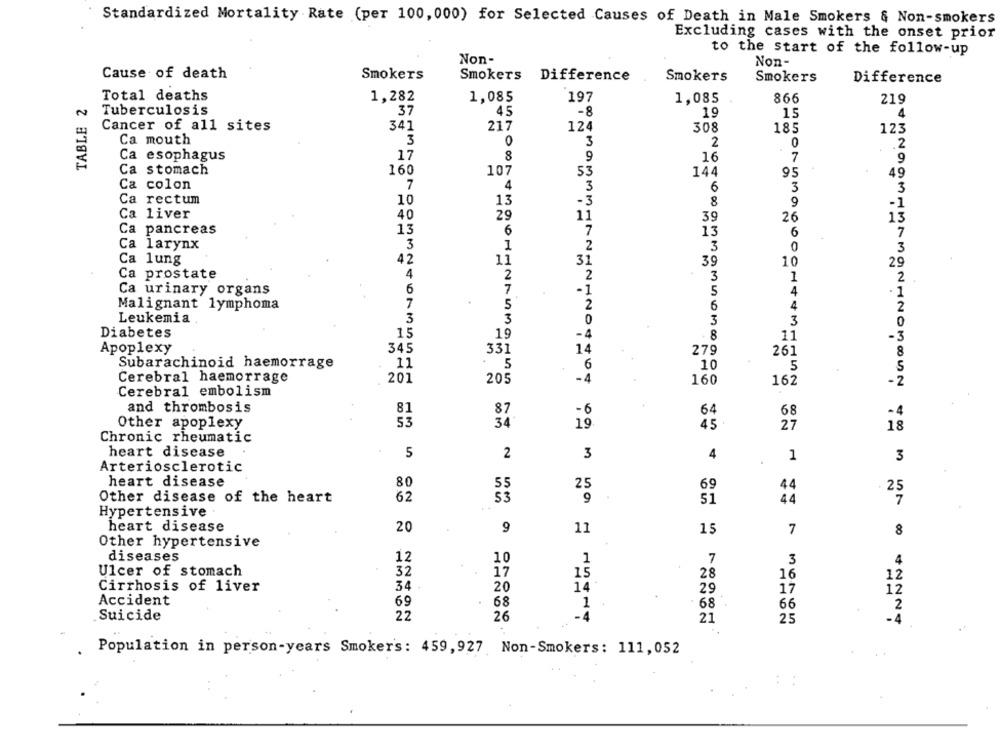
Standardized Mortality Rate (per 100, 000) for Selected Causes of Death in Male Smokers & Non-smokers
Excluding cases with the onset prior
to the start of the follow-up
Non-
Non-
Cause of death
Smokers
Smokers
Difference
Smokers
Smokers
Difference
Total deaths
1,282
1,085
197
TABLE 2
1,085
866
219
Tuberculosis
37
45
-8
19
15
4
Cancer of all sites
341
217
124
308
185
123
Ca mouth
3
0
3
2
0
.2
Ca esophagus
17
8
16
7
9
9
Ca stomach
160
107
53
144
49
95
Ca colon
7
4
3
6
3
3
Ca rectum
10
13
-3
8
9
-1
Ca liver
40
29
11
39
26
13
Ca pancreas
13
6
7
13
6
7
Ca larynx
3
1
2
3
0
3
Ca lung
42
11
31
39
10
29
Ca prostate
4
2
2
3
2
1
Ca urinary organs
6
7
-1
5
4
.
Malignant lymphoma
7
5
2
6
4
Leukemia
3
3
3
3
0
Diabetes
15
19
-4
8
11
-3
Apoplexy
345
331
14
279
261
Subarachinoid haemorrage
11
5
6
10
5
Cerebral haemorrage
201
205
-4
160
162
-2
Cerebral embolism
and thrombosis
81
87
-6
64
68
-4
Other apoplexy
53
34
19
45
27
18
Chronic rheumatic
heart disease
5
2
3
4
1
3
Arteriosclerotic
heart disease
80
55
25
69
44
25
Other disease of the heart
62
53
9
44
Hypertensive
heart disease
20
9
11
15
7
8
Other hypertensive
diseases
12
10
1
7
3
4
Ulcer of stomach
32
17
15
28
16
12
Cirrhosis of liver
34
20
14+
29
17
12
Accident
69
68
1
68
66
2
Suicide
22
26
-4
21
25
-4
Population in person-years Smoker's: 459,927 Non-Smokers: 111,052